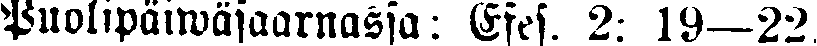
Puolipäiwäsaarnassa: Efes. 2: 19—22.